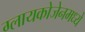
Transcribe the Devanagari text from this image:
ग्लायकोजेनमध्ये